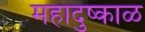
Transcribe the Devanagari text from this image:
महादुष्काळ